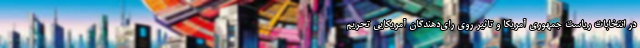
در انتخابات ریاست جمهوری آمریکا و تاثیر روی رای‌دهندگان آمریکایی تحریم